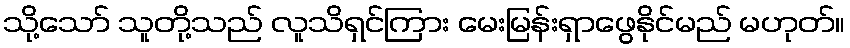
သို့သော် သူတို့သည် လူသိရှင်ကြား မေးမြန်းရှာဖွေနိုင်မည် မဟုတ်။